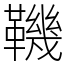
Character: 鞿